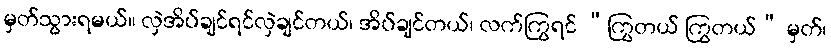
မှတ်သွားရမယ်။ လှဲအိပ်ချင်ရင်လှဲချင်တယ်၊ အိပ်ချင်တယ်၊ လက်ကြွရင် “ကြွတယ် ကြွတယ်” မှတ်၊